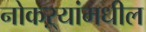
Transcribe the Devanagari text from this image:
नोकऱ्यांमधील